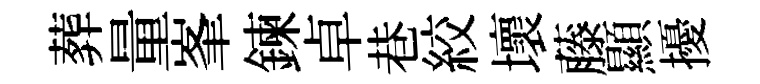
葬量峯鍊卓巷絞壞藤顯擾